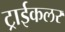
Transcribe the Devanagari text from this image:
ट्राईकलर